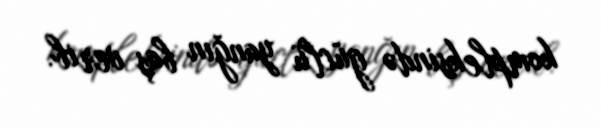
kompleksində güclü yanğın baş verib.